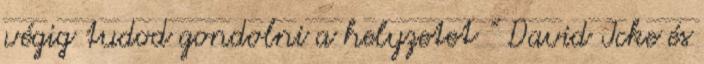
végig tudod gondolni a helyzetet ” David Icke és